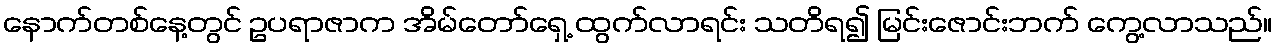
နောက်တစ်နေ့တွင် ဥပရာဇာက အိမ်တော်ရှေ့ ထွက်လာရင်း သတိရ၍ မြင်းဇောင်းဘက် ကွေ့လာသည်။